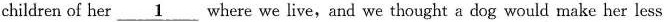
children of her \underline{1} where we live,and we thought a dog would make her less